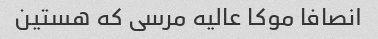
انصافا موکا عالیه مرسی که هستین